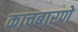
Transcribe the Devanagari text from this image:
काचबारणे